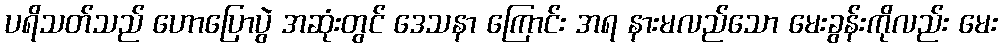
ပရိသတ်သည် ဟောပြောပွဲ အဆုံးတွင် ဒေသနာ ကြောင်း အရ နားမလည်သော မေးခွန်းကိုလည်း မေး